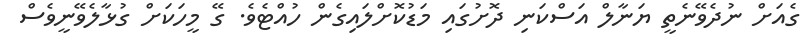
ގެއަށް ނުދެވޭނެތީ ޔަނާލް އަސްކަނި ދޮށުގައި މަޑުކޮށްލައިގެން ހުއްޓެވެ. ގޭ މީހަކަށް ގުޅާލެވޭނީވެސް